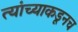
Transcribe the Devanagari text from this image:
त्‍यांच्याकडूनच